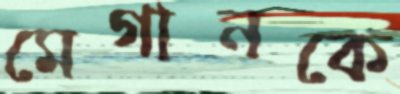
মেগানকে